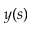
y ( s )